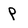
Character: P